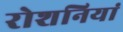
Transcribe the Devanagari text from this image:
रोशनियां